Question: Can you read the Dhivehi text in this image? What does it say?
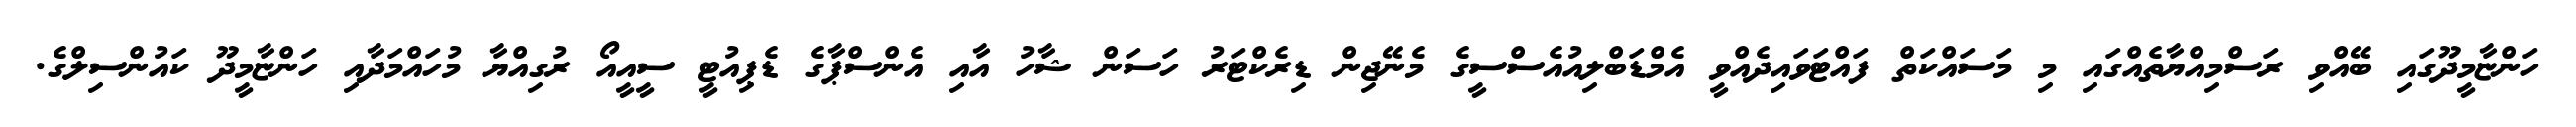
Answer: ހަންޏާމީދޫގައި ބޭއްވި ރަސްމިއްޔާތެއްގައި މި މަސައްކަތް ފައްޓަވައިދެއްވީ އެމްޑަބްލިއުއެސްސީގެ މެނޭޖިން ޑިރެކްޓަރު ހަސަން ޝާހު އާއި އެންސްޕާގެ ޑެޕިއުޓީ ސީއީއޯ ރުގިއްޔާ މުހައްމަދާއި ހަންޏާމީދޫ ކައުންސިލްގެ.